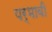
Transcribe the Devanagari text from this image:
पर्भावी